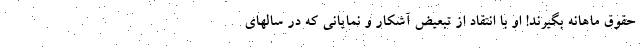
حقوق ماهانه بگیرند! او با انتقاد از تبعیض آشکار و نمایانی که در سالهای